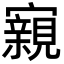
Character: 寴